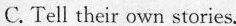
C. Teil their own stories.